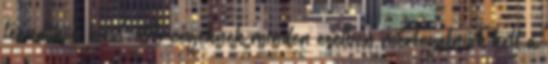
teendőkön kívül. A cégeknek minden esetben mérlegelniük kell a